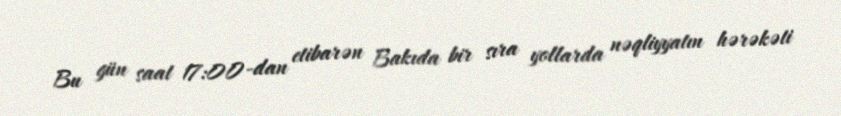
Bu gün saat 17:00-dan etibarən Bakıda bir sıra yollarda nəqliyyatın hərəkəti